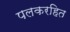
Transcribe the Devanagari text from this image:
पलकरहित